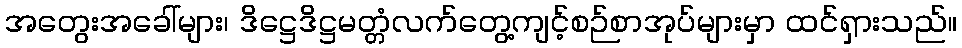
အတွေးအခေါ်များ၊ ဒိဋ္ဌေဒိဋ္ဌမတ္တံလက်တွေ့ကျင့်စဉ်စာအုပ်များမှာ ထင်ရှားသည်။